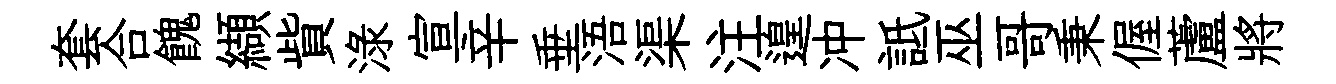
套合餽纈貲渌宣辛垂浯渠注遑冲詆巫哥秉偓蘆將